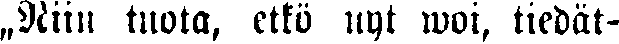
„Niin tuota, etkö nyt woi, tiedät-